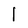
Character: l